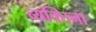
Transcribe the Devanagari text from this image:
व्यक्तिना